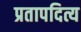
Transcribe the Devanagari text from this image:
प्रतापदित्य